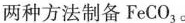
两种方法制备FeCO_{3}。